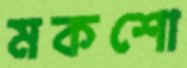
মকশো